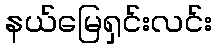
နယ်မြေရှင်းလင်း